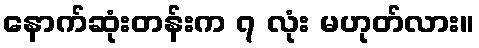
နောက်ဆုံးတန်းက ၇ လုံး မဟုတ်လား။